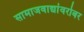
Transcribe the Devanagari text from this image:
सामाजवाद्यांवरोबर